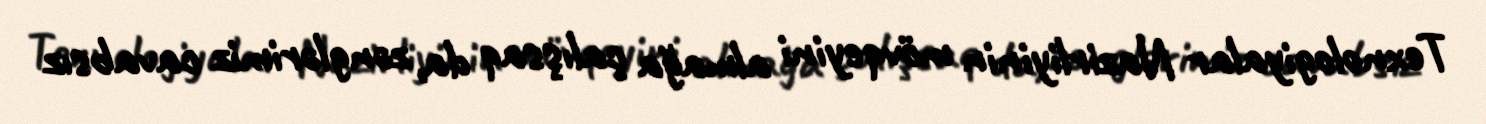
Texnologiyalar Nazirliyinin mövqeyini almağa çalışsaq da, zənglərimiz cavabsız